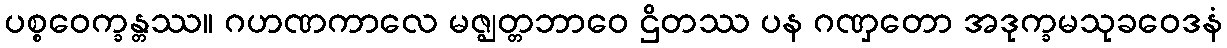
ပစ္စဝေက္ခန္တဿ။ ဂဟဏကာလေ မဇ္ဈတ္တဘာဝေ ဌိတဿ ပန ဂဏှတော အဒုက္ခမသုခဝေဒနံ